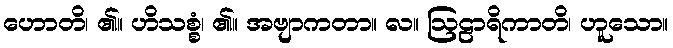
ဟောတိ၊ ၏။ ဟိသစ္စံ၊ ၏။ အဗျာကတာ။ လ။ ဩဠာရိကာတိ၊ ဟူသော။